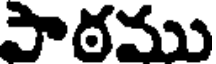
సాఠము